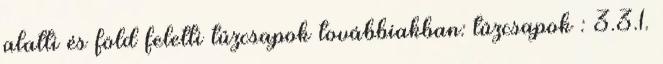
alatti és föld feletti tûzcsapok továbbiakban: tûzcsapok : 3.3.1.